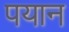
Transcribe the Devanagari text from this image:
पयान